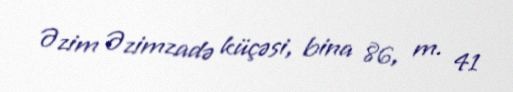
Əzim Əzimzadə küçəsi, bina 86, m. 41